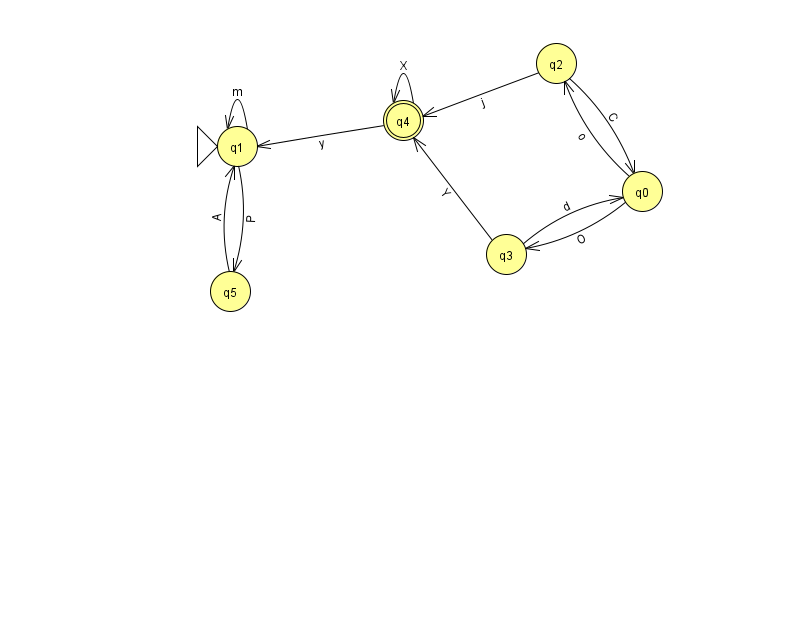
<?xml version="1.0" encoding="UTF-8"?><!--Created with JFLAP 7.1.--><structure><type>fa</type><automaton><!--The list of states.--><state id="0" name="q0"><x>642.0</x><y>178.0</y></state><state id="1" name="q1"><x>237.0</x><y>133.0</y><initial/></state><state id="2" name="q2"><x>556.0</x><y>50.0</y></state><state id="3" name="q3"><x>506.0</x><y>241.0</y></state><state id="4" name="q4"><x>403.0</x><y>107.0</y><final/></state><state id="5" name="q5"><x>230.0</x><y>278.0</y></state><!--The list of transitions.--><transition><from>5</from><to>1</to><read>A</read></transition><transition><from>0</from><to>2</to><read>o</read></transition><transition><from>1</from><to>5</to><read>P</read></transition><transition><from>2</from><to>4</to><read>j</read></transition><transition><from>3</from><to>0</to><read>d</read></transition><transition><from>4</from><to>1</to><read>y</read></transition><transition><from>4</from><to>4</to><read>X</read></transition><transition><from>3</from><to>4</to><read>Y</read></transition><transition><from>1</from><to>1</to><read>m</read></transition><transition><from>0</from><to>3</to><read>O</read></transition><transition><from>2</from><to>0</to><read>C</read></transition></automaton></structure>